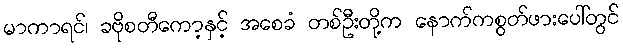
မာကာရင်၊ ခဗိုစတီကော့နှင့် အစေခံ တစ်ဦးတို့က နောက်ကစွတ်ဖားပေါ်တွင်